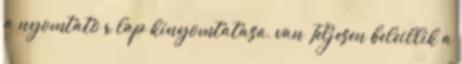
a nyomtato x lap kinyomtatasa, van Teljesen beleillik a